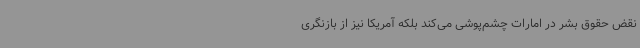
نقض حقوق بشر در امارات چشم‌پوشی می‌کند بلکه آمریکا نیز از بازنگری